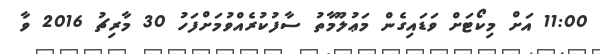
11:00 އަށް މިކޯޓަށް ވަޑައިގެން މަޢުލޫމާތު ސާފުކުރެއްވުމަށްފަހު 30 މާރިޗު 2016 ވާ